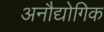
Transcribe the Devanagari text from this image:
अनौद्योगिक